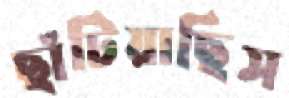
ছাঁটিয়াছিস